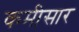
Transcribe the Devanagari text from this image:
कमीसार